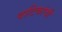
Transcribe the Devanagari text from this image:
वाटिकांची